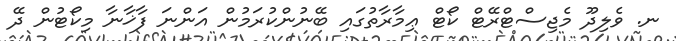
ނ. ވެލިދޫ މެޖިސްޓްރޭޓް ކޯޓް ޢިމާރާތުގައި ބޭނުންކުރަމުން އަންނަ ފާޚާނާ މިކޯޓުން ދޭ